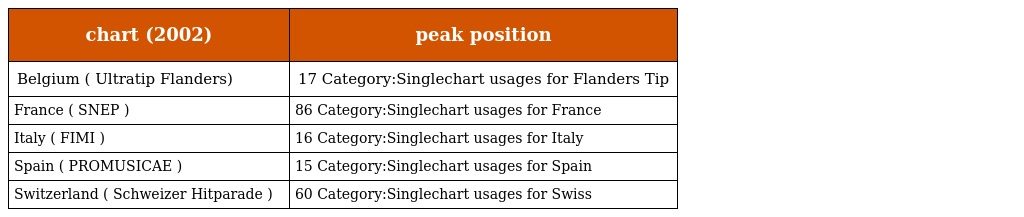
| chart (2002) | peak position |
 | --- | --- |
 | Belgium ( Ultratip Flanders) | 17 Category:Singlechart usages for Flanders Tip |
 | France ( SNEP ) | 86 Category:Singlechart usages for France |
 | Italy ( FIMI ) | 16 Category:Singlechart usages for Italy |
 | Spain ( PROMUSICAE ) | 15 Category:Singlechart usages for Spain |
 | Switzerland ( Schweizer Hitparade ) | 60 Category:Singlechart usages for Swiss |